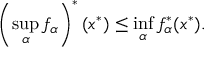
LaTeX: \left( \operatorname* { s u p } _ { \alpha } f _ { \alpha } \right) ^ { * } ( x ^ { * } ) \leq \operatorname* { i n f } _ { \alpha } f _ { \alpha } ^ { * } ( x ^ { * } ) .